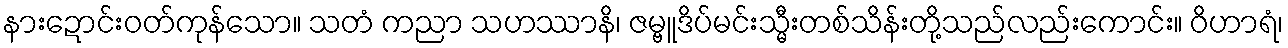
နားဍောင်းဝတ်ကုန်သော။ သတံ ကညာ သဟဿာနိ၊ ဇမ္ဗူဒိပ်မင်းသ္မီးတစ်သိန်းတို့သည်လည်းကောင်း။ ဝိဟာရံ၊